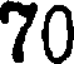
70